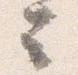
云